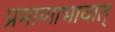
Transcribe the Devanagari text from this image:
प्रमाणाभावात्